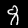
Label: 8